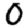
Digit: 0